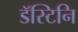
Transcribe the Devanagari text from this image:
डॅस्टिनि